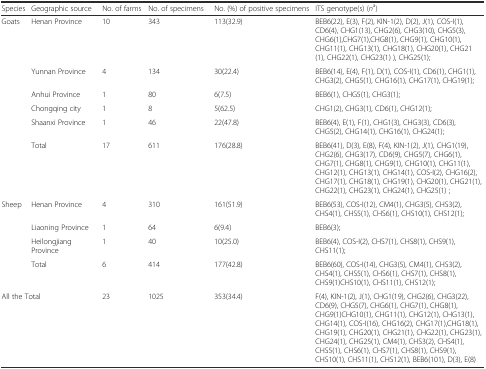
<table><thead><tr><td><b>Species</b></td><td><b>Geographic source</b></td><td><b>No. of farms</b></td><td><b>No. of specimens</b></td><td><b>No. (%) of positive specimens</b></td><td><b>ITS genotype(s) (<i>n</i><sup>a</sup>)</b></td></tr></thead><tbody><tr><td rowspan="6">Goats</td><td>Henan Province</td><td>10</td><td>343</td><td>113(32.9)</td><td>BEB6(22), E(3), F(2), KIN-1(2), D(2), J(1), COS-I(1), CD6(4), CHG1(13), CHG2(6), CHG3(10), CHG5(3), CHG6(1),CHG7(1),CHG8(1), CHG9(1), CHG10(1), CHG11(1), CHG13(1), CHG18(1), CHG20(1), CHG21(1), CHG22(1), CHG23(1) ), CHG25(1);</td></tr><tr><td>Yunnan Province</td><td>4</td><td>134</td><td>30(22.4)</td><td>BEB6(14), E(4), F(1), D(1), COS-I(1), CD6(1), CHG1(1), CHG3(2), CHG5(1), CHG16(1), CHG17(1), CHG19(1);</td></tr><tr><td>Anhui Province</td><td>1</td><td>80</td><td>6(7.5)</td><td>BEB6(1), CHG5(1), CHG3(1);</td></tr><tr><td>Chongqing city</td><td>1</td><td>8</td><td>5(62.5)</td><td>CHG1(2), CHG3(1), CD6(1), CHG12(1);</td></tr><tr><td>Shaanxi Province</td><td>1</td><td>46</td><td>22(47.8)</td><td>BEB6(4), E(1), F(1), CHG1(3), CHG3(3), CD6(3), CHG5(2), CHG14(1), CHG16(1), CHG24(1);</td></tr><tr><td>Total</td><td>17</td><td>611</td><td>176(28.8)</td><td>BEB6(41), D(3), E(8), F(4), KIN-1(2), J(1), CHG1(19), CHG2(6), CHG3(17), CD6(9), CHG5(7), CHG6(1), CHG7(1), CHG8(1), CHG9(1), CHG10(1), CHG11(1), CHG12(1), CHG13(1), CHG14(1), COS-I(2), CHG16(2),CHG17(1), CHG18(1), CHG19(1), CHG20(1), CHG21(1), CHG22(1), CHG23(1), CHG24(1), CHG25(1) ;</td></tr><tr><td rowspan="4">Sheep</td><td>Henan Province</td><td>4</td><td>310</td><td>161(51.9)</td><td>BEB6(53), COS-I(12), CM4(1), CHG3(5), CHS3(2), CHS4(1), CHS5(1), CHS6(1), CHS10(1), CHS12(1);</td></tr><tr><td>Liaoning Province</td><td>1</td><td>64</td><td>6(9.4)</td><td>BEB6(3);</td></tr><tr><td>Heilongjiang Province</td><td>1</td><td>40</td><td>10(25.0)</td><td>BEB6(4), COS-I(2), CHS7(1), CHS8(1), CHS9(1), CHS11(1);</td></tr><tr><td>Total</td><td>6</td><td>414</td><td>177(42.8)</td><td>BEB6(60), COS-I(14), CHG3(5), CM4(1), CHS3(2), CHS4(1), CHS5(1), CHS6(1), CHS7(1), CHS8(1),CHS9(1)CHS10(1), CHS11(1), CHS12(1);</td></tr><tr><td colspan="2">All the Total</td><td>23</td><td>1025</td><td>353(34.4)</td><td>F(4), KIN-1(2), J(1), CHG1(19), CHG2(6), CHG3(22), CD6(9), CHG5(7), CHG6(1), CHG7(1), CHG8(1),CHG9(1)CHG10(1), CHG11(1), CHG12(1), CHG13(1), CHG14(1), COS-I(16), CHG16(2), CHG17(1),CHG18(1),CHG19(1), CHG20(1), CHG21(1), CHG22(1), CHG23(1), CHG24(1), CHG25(1), CM4(1), CHS3(2), CHS4(1), CHS5(1), CHS6(1), CHS7(1), CHS8(1), CHS9(1), CHS10(1), CHS11(1), CHS12(1), BEB6(101), D(3), E(8)</td></tr></tbody></table>